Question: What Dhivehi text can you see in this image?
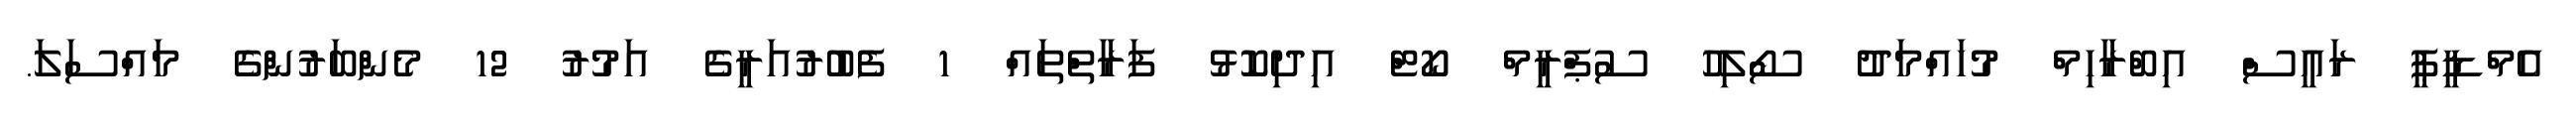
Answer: އެމްޑީޕީ ރައީސް އިބްރާހިމް މުހައްމަދު ސޯލިހު ސުޕްރީމް ކޯޓް އިދިކޮޅު ފަރާތްތައް 1 ފެބުރުއަރީގެ އަމުރު 12 މެންބަރުންގެ މައްސަލަ.